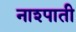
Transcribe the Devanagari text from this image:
नाश्पाती